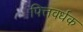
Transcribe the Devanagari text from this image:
पित्तवर्धक